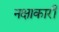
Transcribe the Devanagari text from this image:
नक्षाकारी